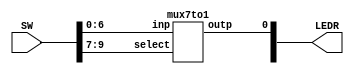
`timescale 1ns / 1ns 

module Lab3p1(SW, LEDR);
	input [9:0] SW;
	output [9:0] LEDR;
	
	mux7to1 mux1(
			.inp(SW[6:0]),
			.select(SW[9:7]),
			.outp(LEDR[0])
			);
			
endmodule
	
	
	
	
	
	
	
module mux7to1(inp, select, outp);
	input [6:0] inp; //input 
	input [2:0] select; //select signal
	
	reg out; //output for the always
	output outp;
	
	always @(*)
	begin
		case (select[2:0]) //switch by select signal input
			3'b000: out = inp[0];
			3'b001: out = inp[1];
			3'b010: out = inp[2];
			3'b011: out = inp[3];
			3'b100: out = inp[4];
			3'b101: out = inp[5];
			3'b110: out = inp[6];
			3'b111: out = inp[0];  //default out put to input[1]
			default: out = inp[0];
		endcase
	end
	
	assign outp = out;
	
endmodule